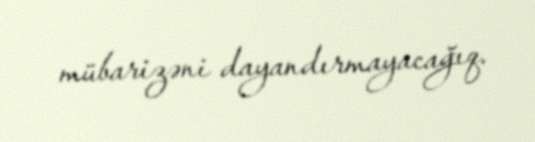
mübarizəni dayandırmayacağıq.